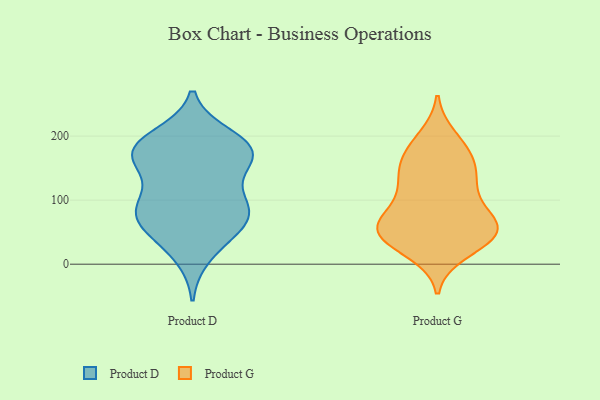
{"axis": {"x": "Budget (USD K)", "y": "Value"}, "legend": ["Product D", "Product G"], "data": [{"x": "", "y": 43, "type": "Product D"}, {"x": "", "y": 91, "type": "Product D"}, {"x": "", "y": 87, "type": "Product D"}, {"x": "", "y": 185, "type": "Product D"}, {"x": "", "y": 91, "type": "Product D"}, {"x": "", "y": 176, "type": "Product D"}, {"x": "", "y": 188, "type": "Product D"}, {"x": "", "y": 66, "type": "Product D"}, {"x": "", "y": 73, "type": "Product D"}, {"x": "", "y": 174, "type": "Product D"}, {"x": "", "y": 165, "type": "Product D"}, {"x": "", "y": 63, "type": "Product D"}, {"x": "", "y": 165, "type": "Product D"}, {"x": "", "y": 199, "type": "Product D"}, {"x": "", "y": 109, "type": "Product D"}, {"x": "", "y": 159, "type": "Product D"}, {"x": "", "y": 14, "type": "Product D"}, {"x": "", "y": 178, "type": "Product G"}, {"x": "", "y": 70, "type": "Product G"}, {"x": "", "y": 197, "type": "Product G"}, {"x": "", "y": 52, "type": "Product G"}, {"x": "", "y": 119, "type": "Product G"}, {"x": "", "y": 20, "type": "Product G"}, {"x": "", "y": 179, "type": "Product G"}, {"x": "", "y": 52, "type": "Product G"}, {"x": "", "y": 92, "type": "Product G"}, {"x": "", "y": 40, "type": "Product G"}, {"x": "", "y": 58, "type": "Product G"}, {"x": "", "y": 55, "type": "Product G"}, {"x": "", "y": 146, "type": "Product G"}, {"x": "", "y": 66, "type": "Product G"}, {"x": "", "y": 34, "type": "Product G"}, {"x": "", "y": 139, "type": "Product G"}, {"x": "", "y": 155, "type": "Product G"}, {"x": "", "y": 120, "type": "Product G"}, {"x": "", "y": 49, "type": "Product G"}]}